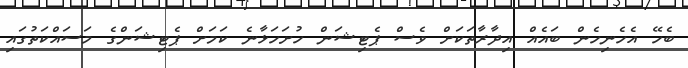
ބެހޭ އެހެނިހެން ބައެއް އިދާރާތަކަށް ވެސް ޕެޓިޝަން ހުށަހަޅާނެ ކަމަށް ޕެޓިޝަންގެ މަސައްކަތުގައި